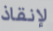
لإنقاذ